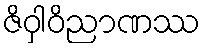
ဇိဝှါဝိညာဏဿ